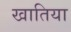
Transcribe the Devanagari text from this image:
खातिया